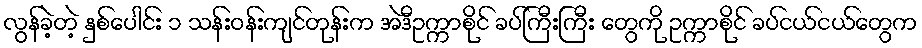
လွန်ခဲ့တဲ့ နှစ်ပေါင်း ၁ သန်းဝန်းကျင်တုန်းက အဲဒီဥက္ကာစိုင် ခပ်ကြီးကြီး တွေကို ဥက္ကာစိုင် ခပ်ငယ်ငယ်တွေက